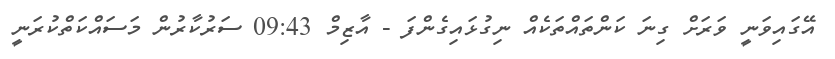
އޭގައިވަނީ ވަރަށް ގިނަ ކަންތައްތަކެއް ނިގުޅައިގެންފަ - އާޒިމް 09:43 ސަރުކާރުން މަސައްކަތްކުރަނީ